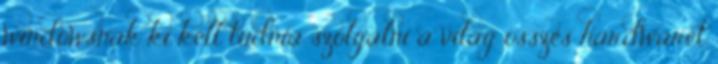
windowsnak ki kell tudnia szolgalni a vilag osszes hardwaret